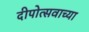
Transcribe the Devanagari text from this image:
दीपोत्सवाच्या